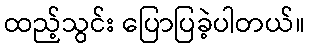
ထည့်သွင်း ပြောပြခဲ့ပါတယ်။